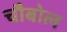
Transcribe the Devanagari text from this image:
चौबोल